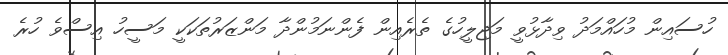
ހުސައިން މުހައްމަދު ވިދާޅުވީ މަޖިލީހުގެ ތެރެއިން ފެންނަމުންދާ މަންޒަރުތަކަކީ މަސީހު އިސްވެ ހުރެ